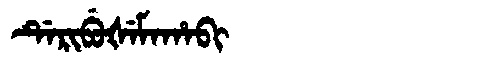
Manchu: ᡩᡝᡵᡳᠪᡠᡧᡝᠮᠠᡥᠠᠪᡳ
Romanization: DERIBUŠEMAHABI